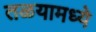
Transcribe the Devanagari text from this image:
तळयामध्ये